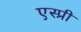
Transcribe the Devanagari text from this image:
एस्प्री